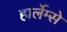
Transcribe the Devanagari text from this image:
हार्लेम्से